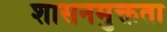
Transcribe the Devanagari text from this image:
शासनमुक्तता